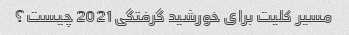
مسیر کلیت برای خورشید گرفتگی 2021 چیست؟